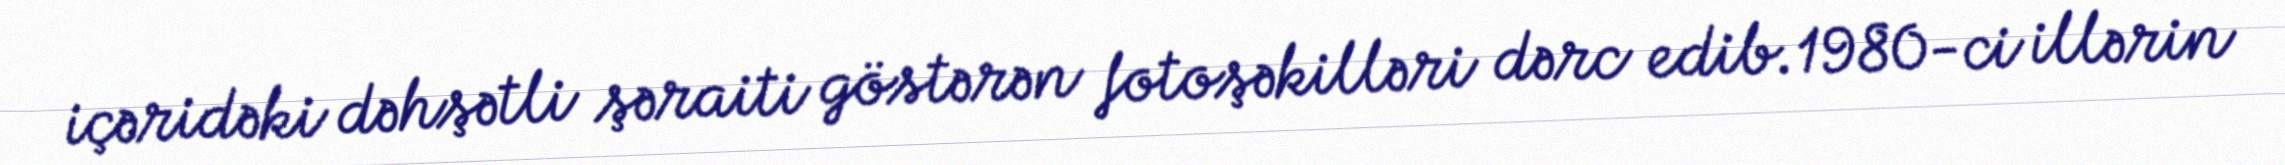
içəridəki dəhşətli şəraiti göstərən fotoşəkilləri dərc edib.1980-ci illərin